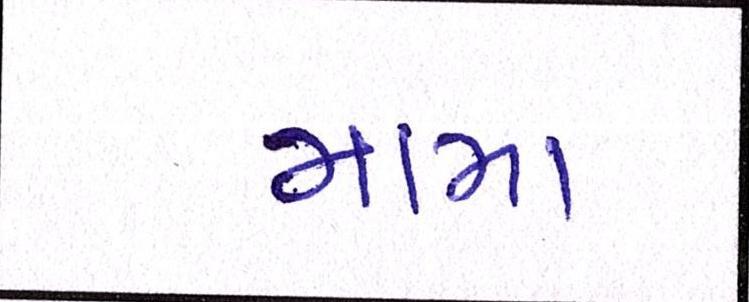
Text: મામા